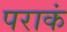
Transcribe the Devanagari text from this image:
पराकं